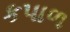
કપાળ